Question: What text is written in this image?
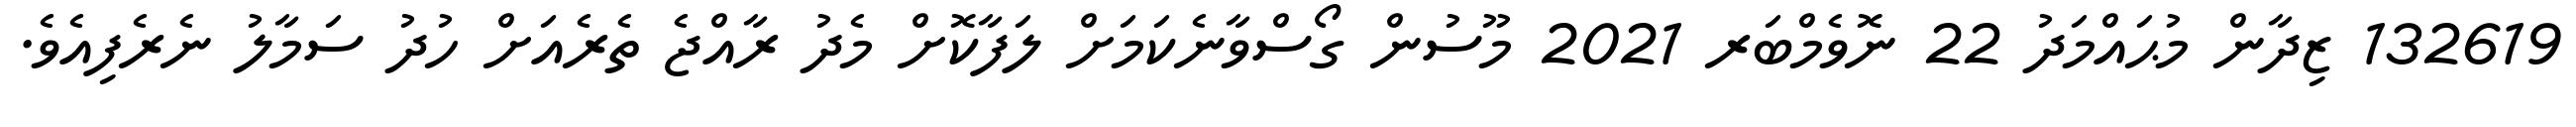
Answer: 132619 ޒިދާން މުޙައްމަދު 22 ނޮވެމްބަރ 2021 މޫސުން ގޯސްވާނެކަމަށް ލަފާކޮށް މެދު ރާއްޖެ ތެރެއަށް ހުދު ސަމާލު ނެރެފިއެވެ.